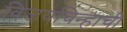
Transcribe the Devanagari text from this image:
विजयचिन्हाची